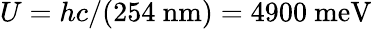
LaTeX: U=hc/(254~\mathrm{nm})=4900~\mathrm{meV}